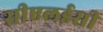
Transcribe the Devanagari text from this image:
सीएलईसी